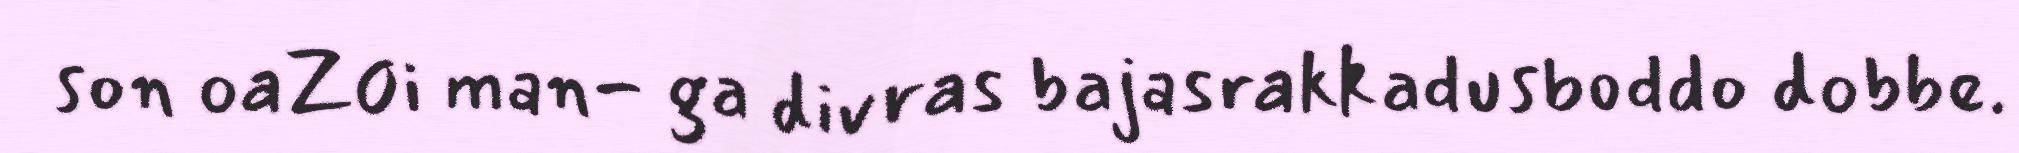
son oaZ0i man- ga divras bajasrakkadusboddo dobbe.